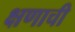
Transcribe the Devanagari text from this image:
क्षणाची